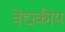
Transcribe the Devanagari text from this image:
वेद्यकीय